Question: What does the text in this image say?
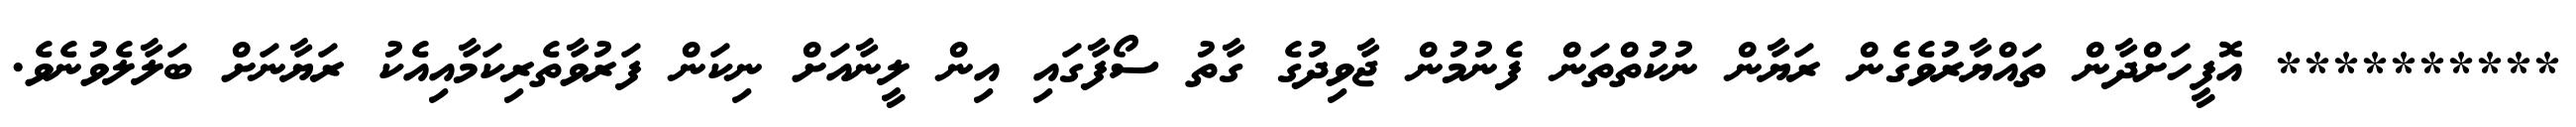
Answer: ********** އޮފީހަށްދާން ތައްޔާރުވެގެން ރަޔާން ނުކުތްތަން ފެނުމުން ޖާވިދުގެ ގާތު ސޯފާގައި އިން ލީނާއަށް ނިކަން ފަރުވާތެރިކަމާއިއެކު ރަޔާނަށް ބަލާލެވުނެވެ.